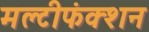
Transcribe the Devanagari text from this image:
मल्टीफंक्शन